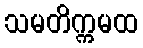
သမတိက္ကမထ